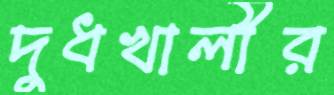
দুধখালীর